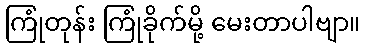
ကြုံတုန်း ကြုံခိုက်မို့ မေးတာပါဗျာ။